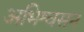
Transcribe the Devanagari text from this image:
अभिश्वसन